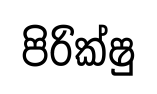
පිරික්ෂු